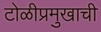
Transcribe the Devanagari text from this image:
टोळीप्रमुखाची